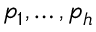
p _ { 1 } , \ldots , p _ { h }